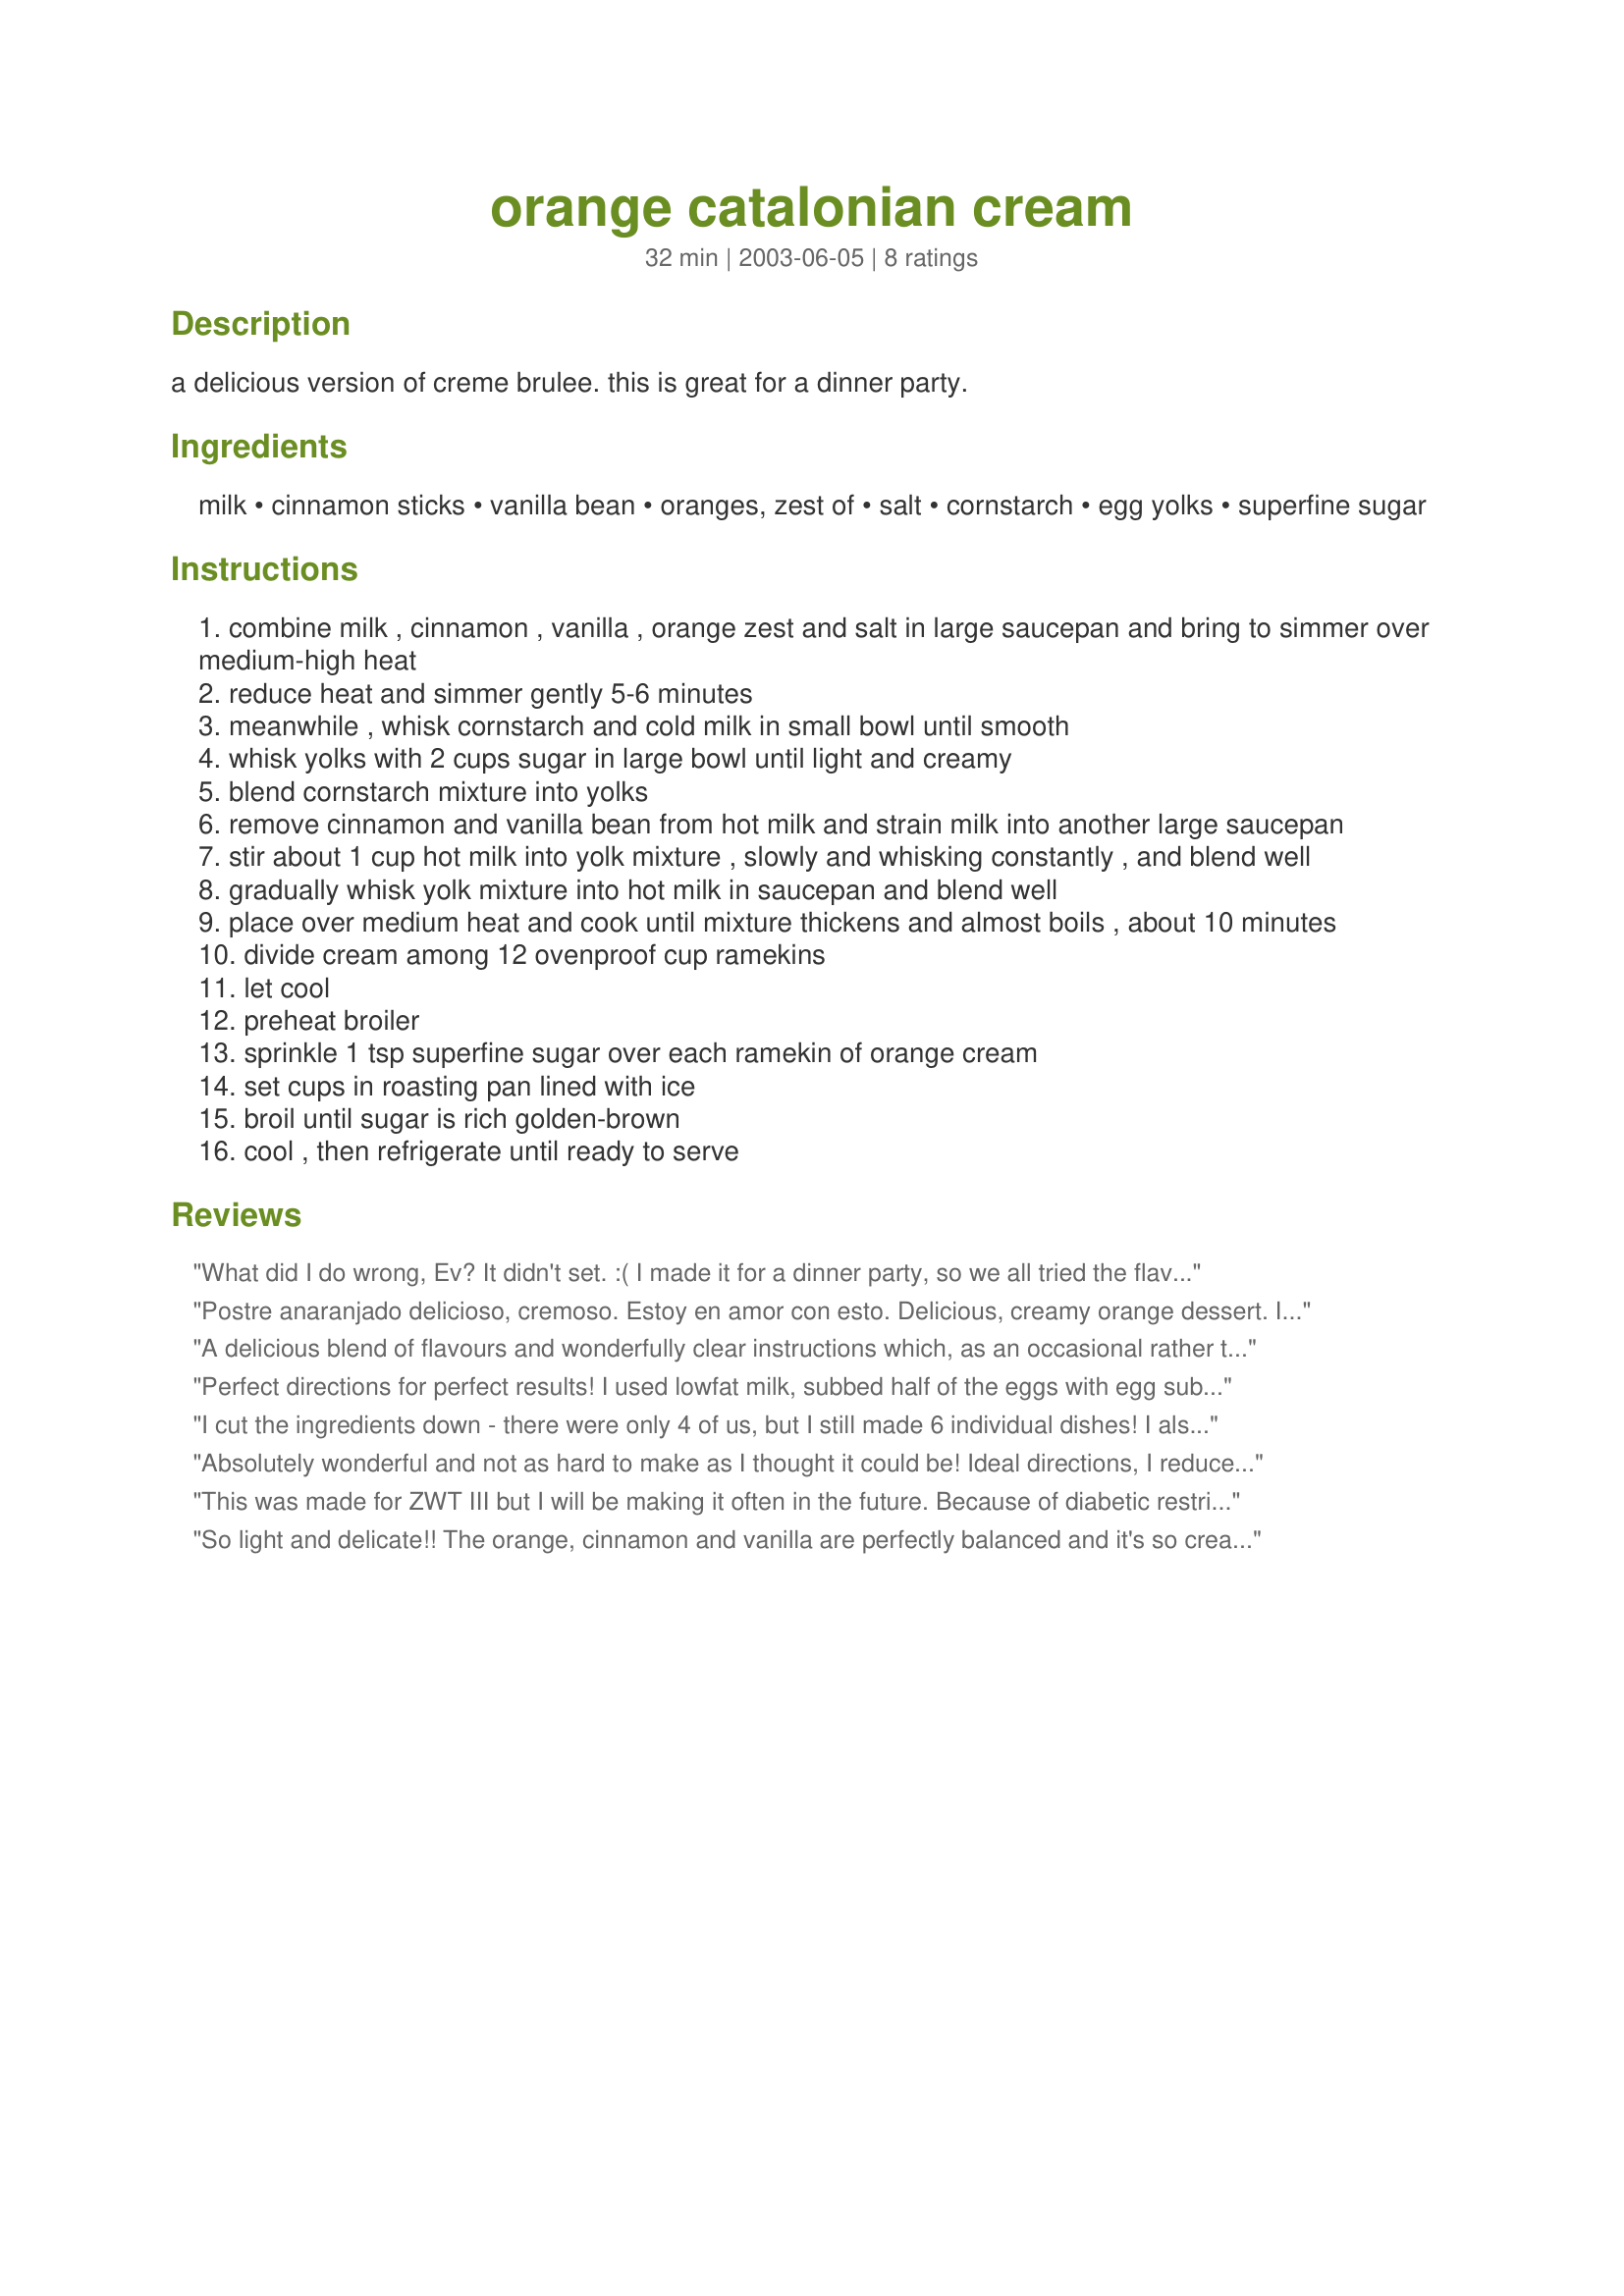
orange catalonian cream
Preparation time: 32 minutes

a delicious version of creme brulee. this is great for a dinner party.

Ingredients:
milk, cinnamon sticks, vanilla bean, oranges, zest of, salt, cornstarch, egg yolks, superfine sugar

Steps:
combine milk , cinnamon , vanilla , orange zest and salt in large saucepan and bring to simmer over medium-high heat
reduce heat and simmer gently 5-6 minutes
meanwhile , whisk cornstarch and cold milk in small bowl until smooth
whisk yolks with 2 cups sugar in large bowl until light and creamy
blend cornstarch mixture into yolks
remove cinnamon and vanilla bean from hot milk and strain milk into another large saucepan
stir about 1 cup hot milk into yolk mixture , slowly and whisking constantly , and blend well
gradually whisk yolk mixture into hot milk in saucepan and blend well
place over medium heat and cook until mixture thickens and almost boils , about 10 minutes
divide cream among 12 ovenproof cup ramekins
let cool
preheat broiler
sprinkle 1 tsp superfine sugar over each ramekin of orange cream
set cups in roasting pan lined with ice
broil until sugar is rich golden-brown
cool , then refrigerate until ready to serve

Reviews:
What did I do wrong, Ev? It didn't set. :( I made it for a dinner party, so we all tried the flavor anyway and it was AMAZING! Some people loved it so much that they poured the unset custard over their ice cream (backup dessert!) and couldn't get enough. 
I want to rate it after I get it to set, so please zmail me what I likely did wrong!
Postre anaranjado delicioso, cremoso. Estoy en amor con esto.
Delicious, creamy orange dessert.
I am in love with this.

I did not put it in the oven to carmelize since I used hollwed out orange halves for dishes and my torch was not working.
So I added a bit of grand Marnier and flambe it. LOL
This will be made again and again.
It is so light .
I did not strain it since I wanted the zest to still be in the custard.
Made for ZWT 5 Spain/Portugal region for team Zaar Chow Hounds
A delicious blend of flavours and wonderfully clear instructions which, as an occasional rather than a regular dessert maker, I greatly appreciated. I halved the recipe so we're going to be enjoying this again over the next night or two. With such clear instructions, surprisingly easy to make. Just loved the blend of cinnamon, vanilla and orange. Very much a recipe I'll be making again. Thank you for sharing it! Made for ZWT 5.
Perfect directions for perfect results! I used lowfat milk, subbed half of the eggs with egg substitute and used Splenda in the custard. (used the superfine for the crust)
Sooo good and creamy. I can only imagine how good it would have been with regular ingredients, but I had very good results with my substitutions. Made for ZWT 3.
I cut the ingredients down - there were only 4 of us, but I still made 6 individual dishes! I also used skimmed milk - and cut back a wee bit on the sugar IN the custard. I love this dessert and so I was delighted to make it again for ZWT3 - a classic that is always a hit with guests for after dinner dessert! Thanks Ev.....FT:-)
Absolutely wonderful and not as hard to make as I thought it could be! Ideal directions, I reduced the amounts and it came out perfect!
I will keep this recipe and certainly will make again!
I'm so glad I tried this. Highly recommended.
ZWT3
This was made for ZWT III but I will be making it often in the future. Because of diabetic restrictions I used fat free milk a whole egg (I made 2 servings) instead of just the yolks and Splenda for sweetening and I'm more than happy with the result. It's rich and thick with the lovely flavor of the orange and cinnamon. I followed the recipe directions for making this dessert and the method was ideal. I had to skip the sugar caramel because I didn't use sugar. Instead I simply placed a small piece of the orange peel on top and sprinkled it with an angel's breath of cinnamon.
So light and delicate!! The orange, cinnamon and vanilla are perfectly balanced and it's so creamy good and everyone has room for dessert when it's this good!! Thanks Evelyn!!!
